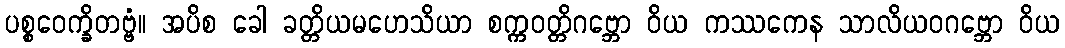
ပစ္စဝေက္ခိတဗ္ဗံ။ အပိစ ခေါ ခတ္တိယမဟေသိယာ စက္ကဝတ္တိဂဗ္ဘော ဝိယ ကဿကေန သာလိယဝဂဗ္ဘော ဝိယ